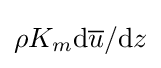
\rho K_{m}\mathrm {d} {\overline {u}}/\mathrm {d} z